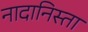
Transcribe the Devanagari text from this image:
नादानिस्ता